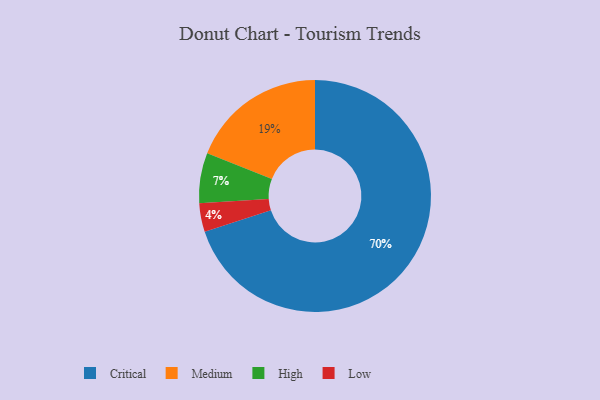
{"axis": {"x": "Category", "y": "Percentage"}, "legend": ["Critical", "High", "Low", "Medium"], "data": [{"x": "High", "y": 7, "type": "High"}, {"x": "Medium", "y": 19, "type": "Medium"}, {"x": "Critical", "y": 70, "type": "Critical"}, {"x": "Low", "y": 4, "type": "Low"}]}